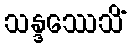
သန္ဒဿေသိံ